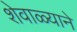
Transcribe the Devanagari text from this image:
शेवाळ्याने